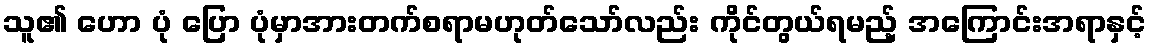
သူ၏ ဟော ပုံ ပြော ပုံမှာအားတက်စရာမဟုတ်သော်လည်း ကိုင်တွယ်ရမည့် အကြောင်းအရာနှင့်